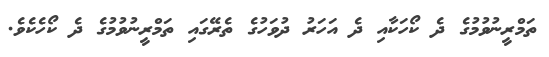
ތަމްރީނުވުމުގެ ދެ ކޯހަކާއި ދެ އަހަރު ދުވަހުގެ ތެރޭގައި ތަމްރީނުވުމުގެ ދެ ކޯހެކެވެ.